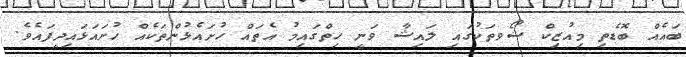
ބައެއް ބޮޑެތި މިއުޒިކް ޝޯވތަކުގައި ލައިޝާ ވަނީ ހިތްގައިމު އެތައް ހުށައެޅުންތަކެއް ހުށައަޅައިދީފައެވެ.